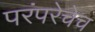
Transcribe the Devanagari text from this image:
परंपरेचेच